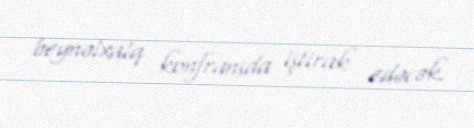
beynəlxalq konfransda iştirak edəcək.